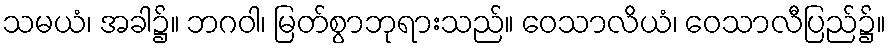
သမယံ၊ အခါ၌။ ဘဂဝါ၊ မြတ်စွာဘုရားသည်။ ဝေသာလိယံ၊ ဝေသာလီပြည်၌။